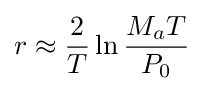
r\approx {\frac {2}{T}}\ln {\frac {M_{a}T}{P_{0}}}